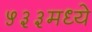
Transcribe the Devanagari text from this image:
५३३मध्ये